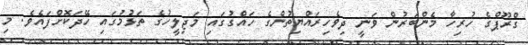
ގްރޫޕްގެ ހުރިހާ މެންބަރުން ވަނީ ދިވެހިރައްޔިތުންގެ ހައްގުގައި މަޖިލީހުގެ ތަޅުމުގައި ހޭދަކޮށްފައެވެ. މި